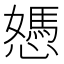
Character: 𢢷